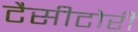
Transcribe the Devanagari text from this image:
टैसीटोरी